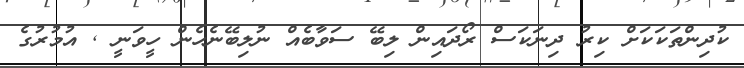
ކުދިންތަކަކަށް ކިރު ދިނަކަސް ރޯދައިން ލިބޭ ސަވާބެއް ނުލިބޭނެހެން ހީވަނީ